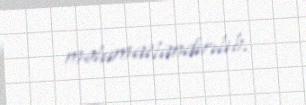
məlumatlandırılıb.